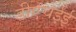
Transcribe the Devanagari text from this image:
डीएचईई